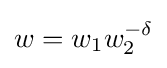
w=w_{1}w_{2}^{-\delta }